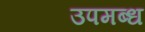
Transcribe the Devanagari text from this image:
उपमब्ध